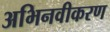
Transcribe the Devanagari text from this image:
अभिनवीकरण